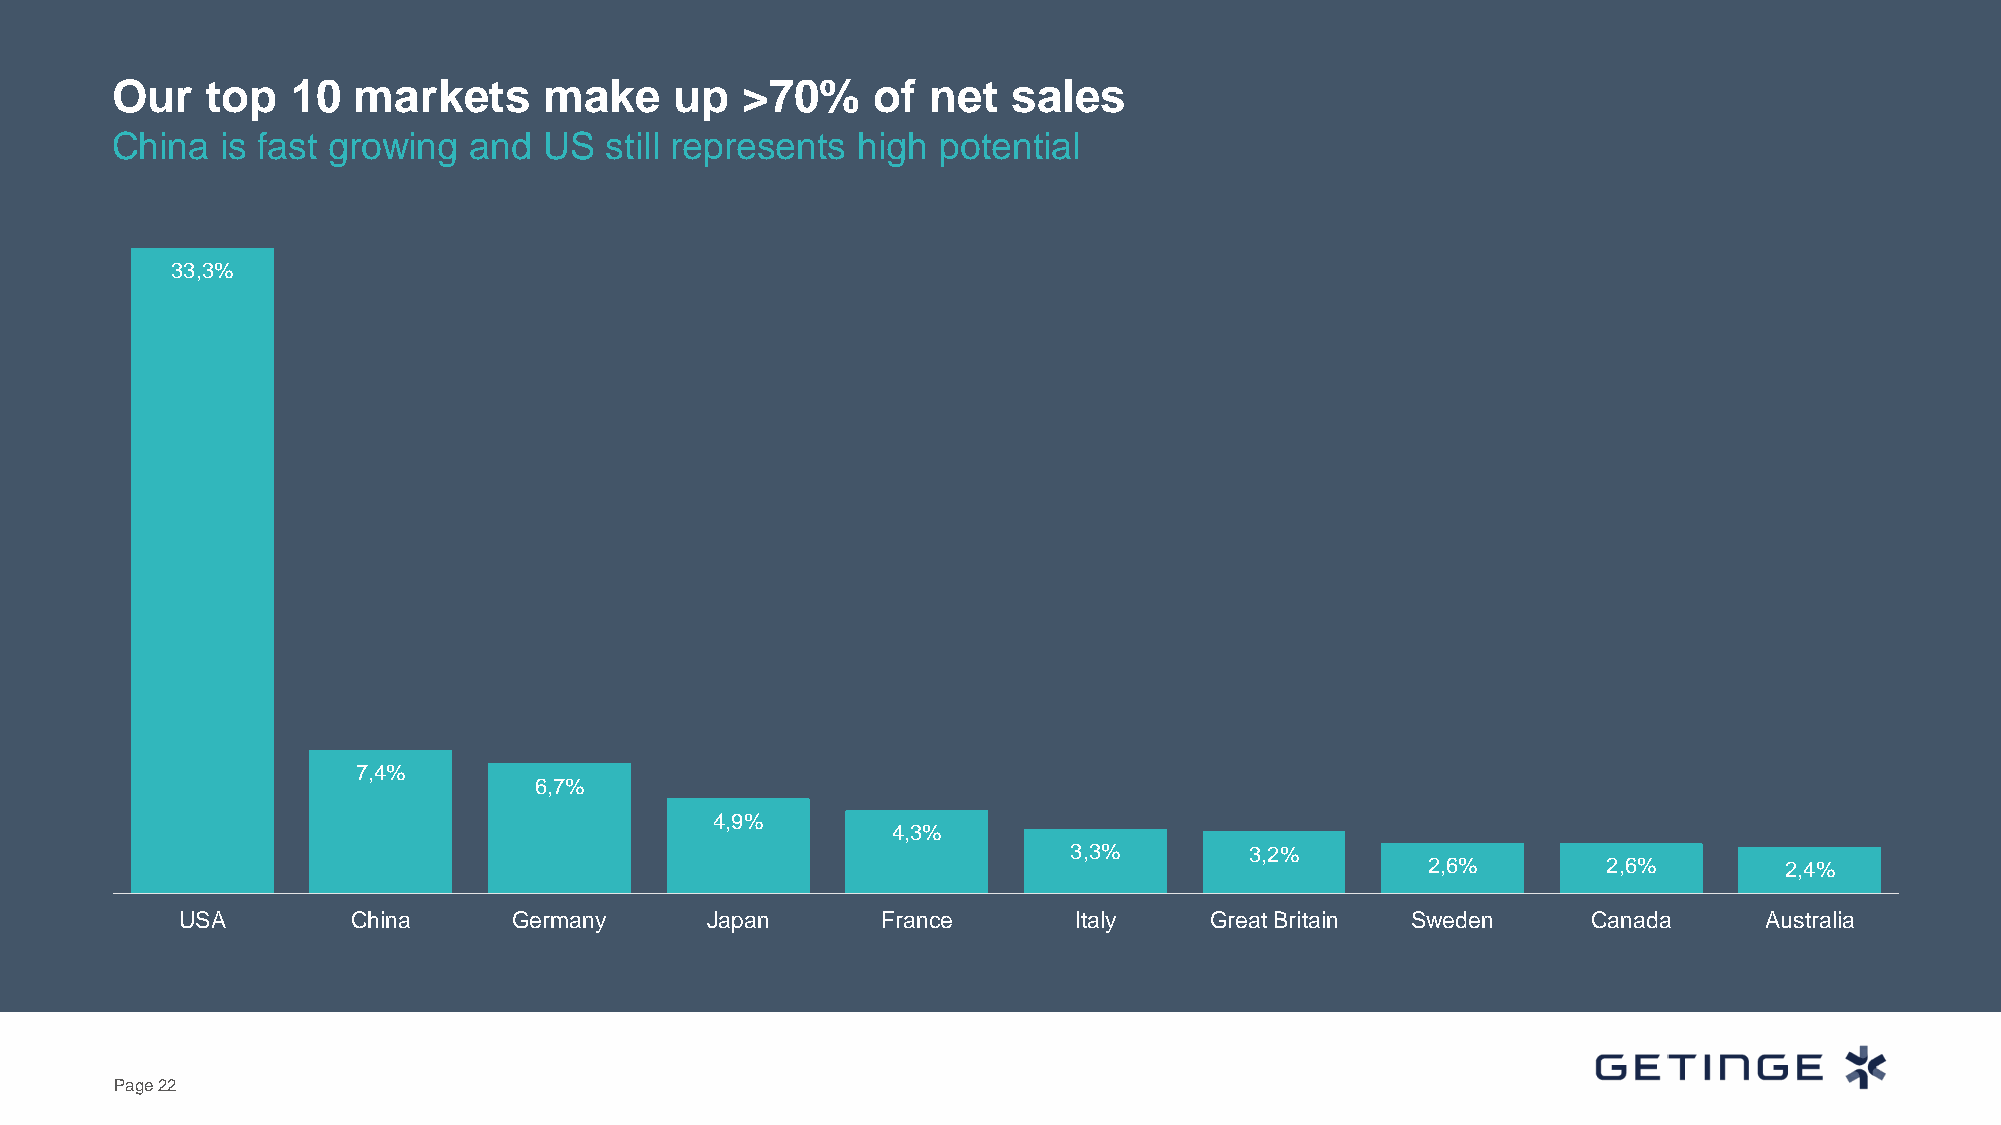
Our    top  10  markets      make     up  >70%     of  net  sales
 China   is fast growing and  US  still represents high potential
 33,3%
 7,4%
 6,7%
 4,9%
 4,3%
 3,3%        3,2%
 2,6%        2,6%        2,4%
 USA        China      Germany      Japan      France       Italy    Great Britain Sweden     Canada      Australia
 Page 22